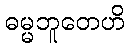
ဓမ္မဘူတေဟိ